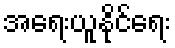
အရေးယူနိုင်ရေး